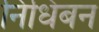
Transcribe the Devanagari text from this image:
निधिबन